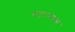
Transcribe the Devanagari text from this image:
मदारमाला